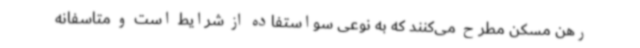
رهن مسکن مطرح می‌کنند که به نوعی سواستفاده از شرایط است و متاسفانه